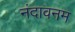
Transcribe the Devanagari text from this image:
नंदावनम